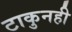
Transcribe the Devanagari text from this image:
टाकुनही